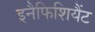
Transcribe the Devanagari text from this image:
इनैफिशियैंट